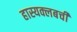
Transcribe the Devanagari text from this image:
हास्यक्लबची